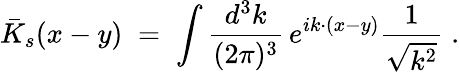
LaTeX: {\bar{K}}_{s}(x-y)\; =\; \int\frac{d^{3}k}{(2\pi)^{3}}\, e^{ik\cdot(x-y)}\frac{1}{\sqrt{k^{2}}}\; .